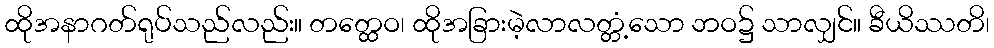
ထိုအနာဂတ်ရုပ်သည်လည်း။ တတ္ထေဝ၊ ထိုအခြားမဲ့လာလတ္တံ့သော ဘဝ၌ သာလျှင်။ ခီယိဿတိ၊